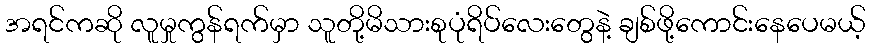
အရင်ကဆို လူမှုကွန်ရက်မှာ သူတို့မိသားစုပုံရိပ်လေးတွေနဲ့ ချစ်ဖို့ကောင်းနေပေမယ့်